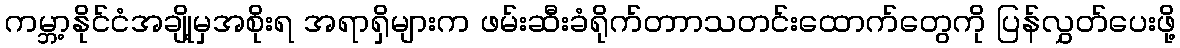
ကမ္ဘာ့နိုင်ငံအချို့မှအစိုးရ အရာရှိများက ဖမ်းဆီးခံရိုက်တာာသတင်းထောက်တွေကို ပြန်လွှတ်ပေးဖို့